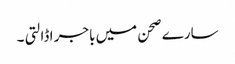
سارے صحن میں باجر ا ڈالتی ۔